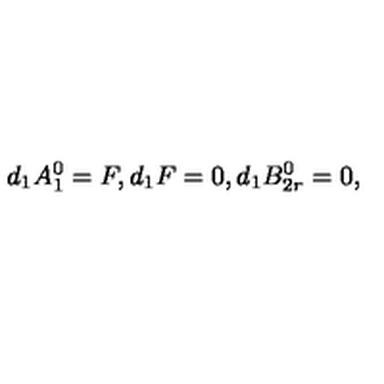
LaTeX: d _ { 1 } A _ { 1 } ^ { 0 } = F , d _ { 1 } F = 0 , d _ { 1 } B _ { 2 r } ^ { 0 } = 0 ,